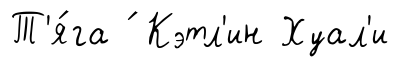
Т'я́га ́ Кэтл'ин Хуал'и